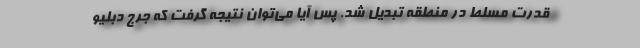
قدرت مسلط در منطقه تبدیل شد. پس آیا می‌توان نتیجه گرفت که جرج دبلیو